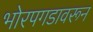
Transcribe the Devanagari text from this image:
भोरपगडावरून